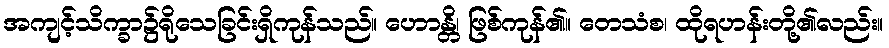
အကျင့်သိက္ခာ၌ရိုသေခြင်းရှိကုန်သည်။ ဟောန္တိ၊ ဖြစ်ကုန်၏။ တေသံစ၊ ထိုရဟန်းတို့၏လည်း။